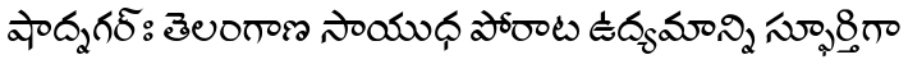
షాద్నగర్ః తెలంగాణ సాయుధ పోరాట ఉద్యమాన్ని స్ఫూర్తిగా